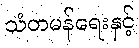
သံတမန်ရေးနှင့်